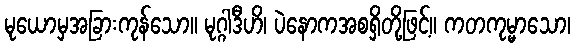
မုယောမှအခြားကုန်သော။ မုဂ္ဂါဒီဟိ၊ ပဲနောကအစရှိတို့ဖြင့်။ ကတကုမ္မာသော၊